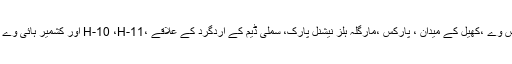
مہم کے دوران اسلام آباد ایکسپریس وے ،کھیل کے میدان ، پارکس ،مارگلہ ہلز نیشنل پارک، سملی ڈیم کے اردگرد کے علاقے ،H-10 ،H-11 اور کشمیر ہائی وے پر خصوصی توجہ دی جائے گی۔